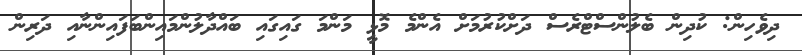
ދިވެހިން: ކުދިން ބެލުންސްޓްރެސް ދަށްކުރުމަށް އެންމެ މޮޅީ މަންމަ ގައިގައި ބައްދާލުންމައިންބަފައިންނާއި ދަރިން